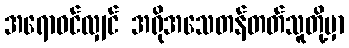
အရောဝင်လျှင် အရိုအသေတန်တတ်သူတို့မှာ